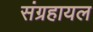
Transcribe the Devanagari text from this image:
संग्रहायल